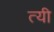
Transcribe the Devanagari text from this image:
त्यी